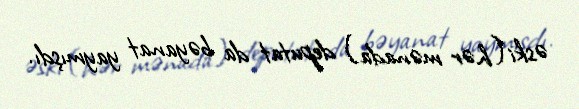
əski (hər mənada) deputat da bəyanat yaymışdı.